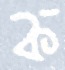
ক